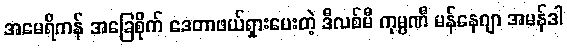
အမေရိကန် အခြေစိုက် ဒေတာဖယ်ရှားပေးတဲ့ ဒီလစ်မီ ကုမ္ပဏီ မန်နေဂျာ အမန်ဒါ